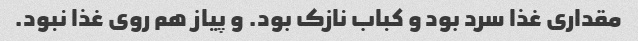
مقداری غذا سرد بود و کباب نازک بود. و پیاز هم روی غذا نبود.